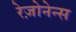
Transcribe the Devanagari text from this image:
रेज़ोनेन्स